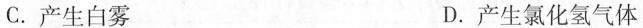
C.产生白雾 D.产生氯化氢气体